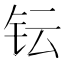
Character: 𮷹